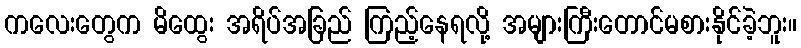
ကလေးတွေက မိထွေး အရိပ်အခြည် ကြည့်နေရလို့ အများကြီးတောင်မစားနိုင်ခဲ့ဘူး။